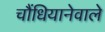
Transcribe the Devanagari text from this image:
चौंधियानेवाले